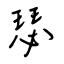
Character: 瑟